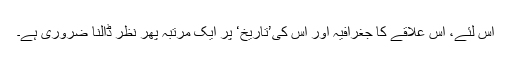
اس لئے، اس علاقے کا جغرافیہ اور اس کی’تاریخ‘ پر ایک مرتبہ پھر نظر ڈالنا ضروری ہے۔